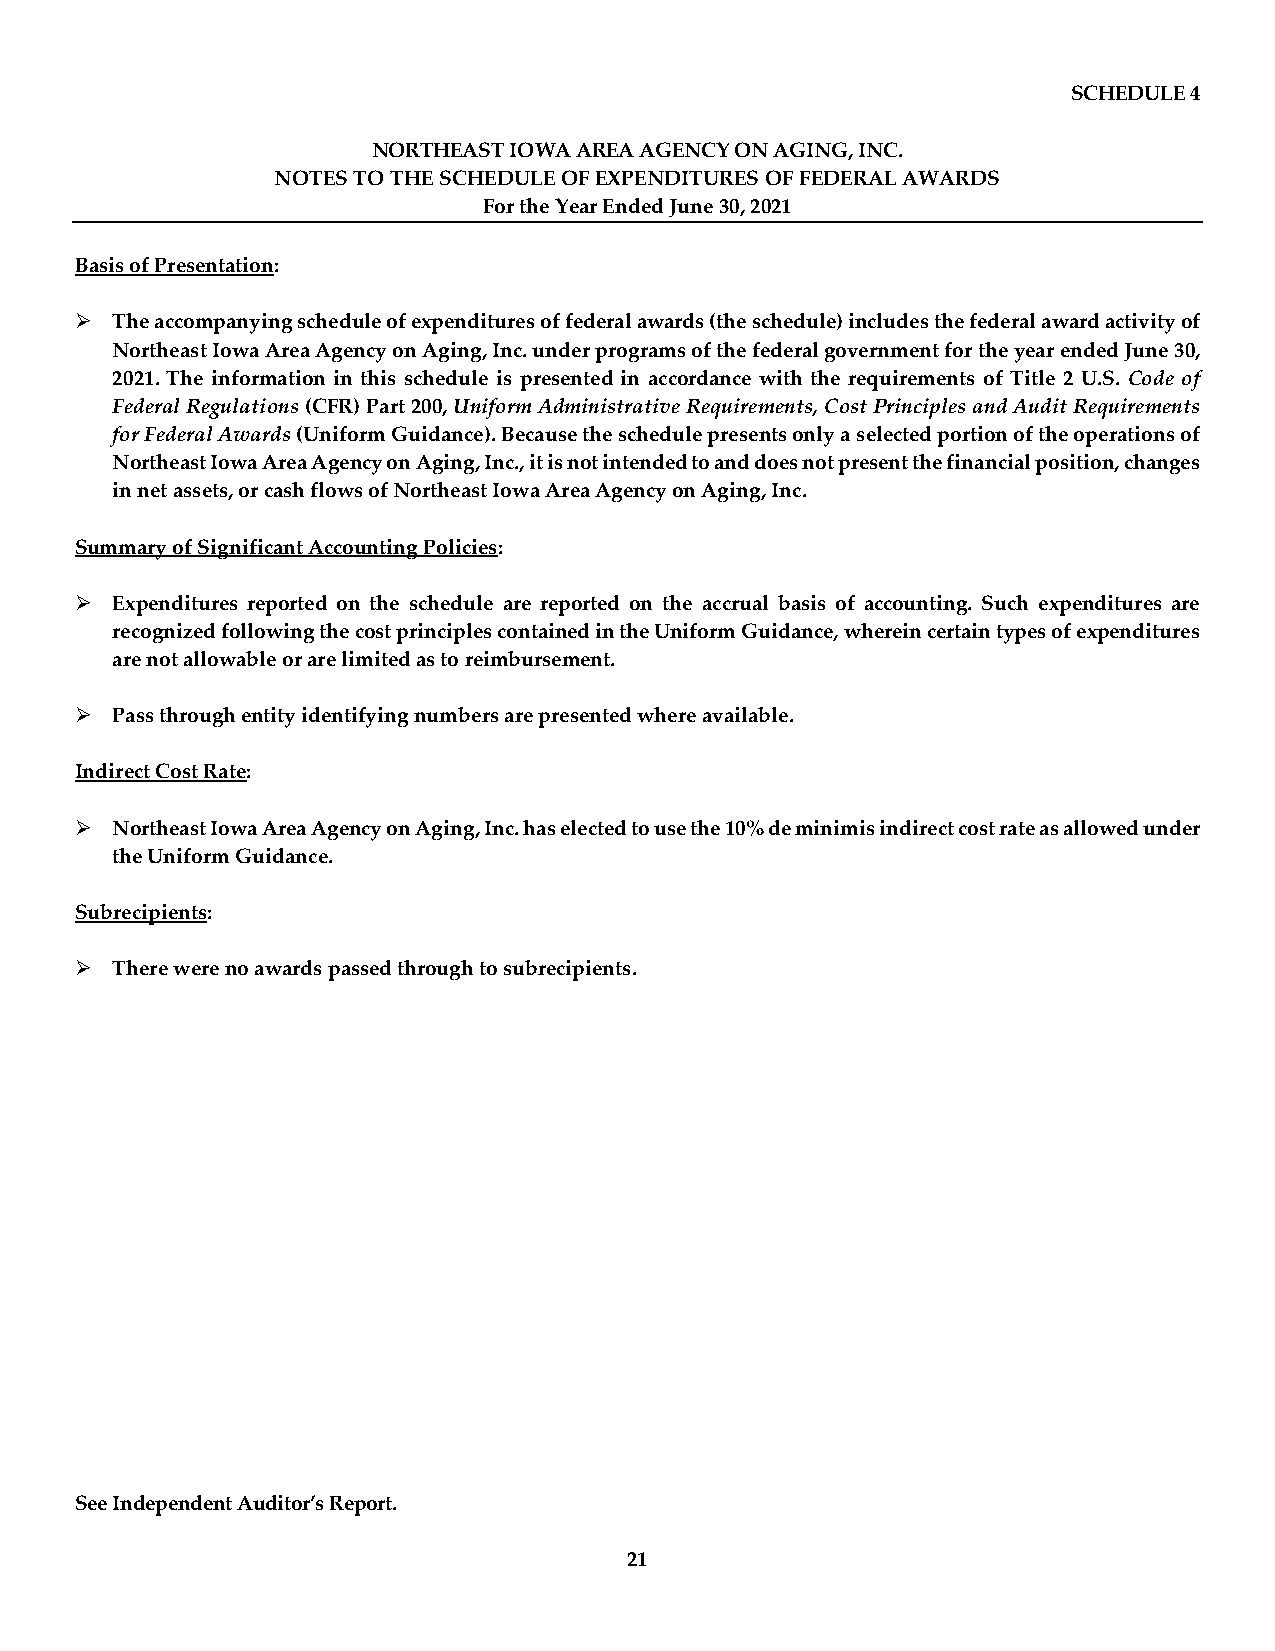
SCHEDULE 4
 NORTHEAST IOWA AREA AGENCY ON AGING, INC.
 NOTES TO THE SCHEDULE OF EXPENDITURES OF FEDERAL AWARDS
 For the Year Ended June 30, 2021
 Basis of Presentation:
  The accompanying schedule of expenditures of federal awards (the schedule) includes the federal award activity of
 Northeast Iowa Area Agency on Aging, Inc. under programs of the federal government for the year ended June 30,
 2021. The information in this schedule is presented in accordance with the requirements of Title 2 U.S. Code of
 Federal Regulations (CFR) Part 200, Uniform Administrative Requirements, Cost Principles and Audit Requirements
 for Federal Awards (Uniform Guidance). Because the schedule presents only a selected portion of the operations of
 Northeast Iowa Area Agency on Aging, Inc., it is not intended to and does not present the financial position, changes
 in net assets, or cash flows of Northeast Iowa Area Agency on Aging, Inc.
 Summary of Significant Accounting Policies:
  Expenditures reported on the schedule are reported on the accrual basis of accounting. Such expenditures are
 recognized following the cost principles contained in the Uniform Guidance, wherein certain types of expenditures
 are not allowable or are limited as to reimbursement.
  Pass through entity identifying numbers are presented where available.
 Indirect Cost Rate:
  Northeast Iowa Area Agency on Aging, Inc. has elected to use the 10% de minimis indirect cost rate as allowed under
 the Uniform Guidance.
 Subrecipients:
  There were no awards passed through to subrecipients.
 See Independent Auditor’s Report.
 21